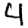
Digit: 4